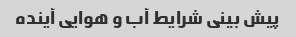
پیش بینی شرایط آب و هوایی آینده